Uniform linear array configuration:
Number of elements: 64
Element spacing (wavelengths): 1
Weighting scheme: cosine
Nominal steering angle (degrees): -30
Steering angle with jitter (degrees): -29.177
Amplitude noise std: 0.05
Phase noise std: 0.05

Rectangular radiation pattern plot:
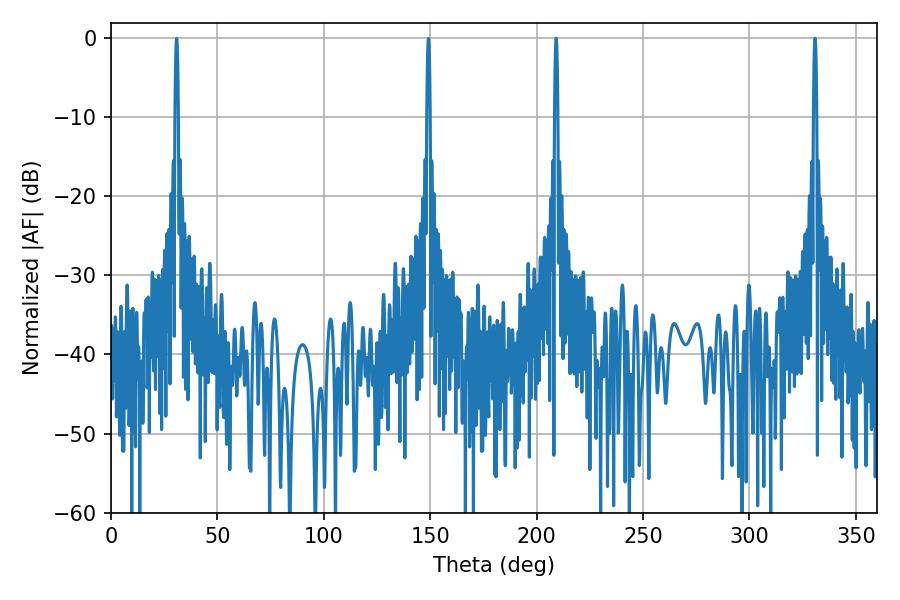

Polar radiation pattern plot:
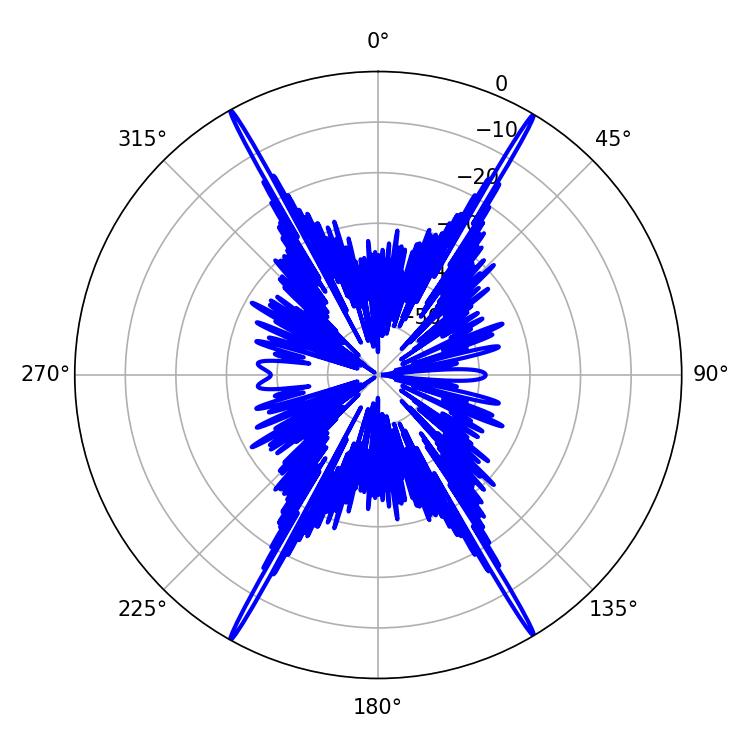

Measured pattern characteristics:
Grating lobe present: TRUE
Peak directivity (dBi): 32.316
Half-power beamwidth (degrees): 0.72
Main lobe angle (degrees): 209.16